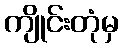
ကျိုင်းတုံမှ